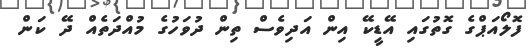
ފޮލޯއަޕްގެ ގޮތުގައި އޭޑީކޭ އިން އަދިވެސް ތިން ދުވަހުގެ މުއްދަތެއް ދޭ ކަން